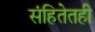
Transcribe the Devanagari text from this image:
संहितेतही